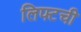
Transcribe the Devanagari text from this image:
लिफ्टची